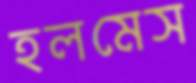
হলমেস